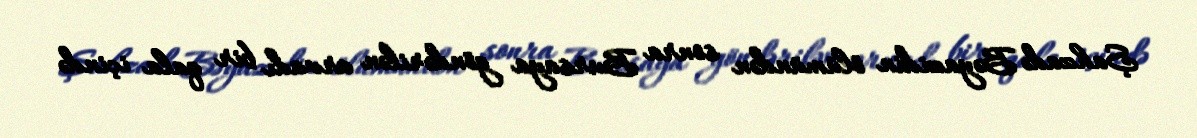
Şahzadə Bəyazidin ölümündən sonra Bursaya göndərilən arvadı bir qala içində